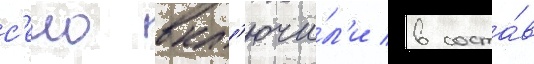
с'ело вкл'ючи́л'и в соста́в